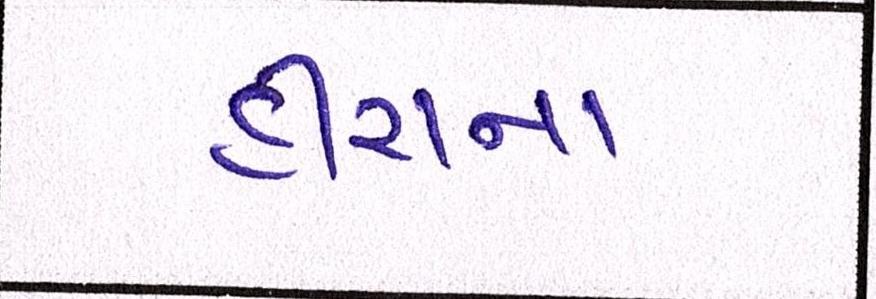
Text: હીરાના